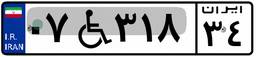
۴۷W۱۹۱۸۴